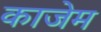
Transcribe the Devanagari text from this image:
काजेम